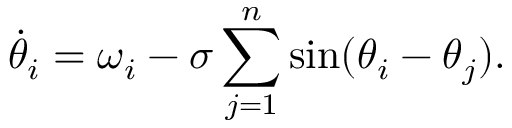
\Dot { \theta } _ { i } = \omega _ { i } - \sigma \sum _ { j = 1 } ^ { n } \sin ( \theta _ { i } - \theta _ { j } ) .